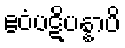
ဧဝံပဋိပန္နာပိ